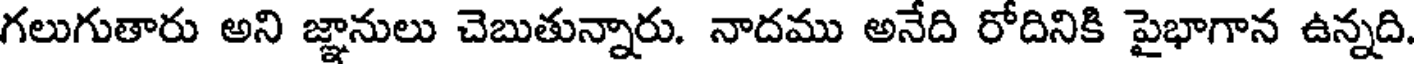
గలుగుతారు అని జ్ఞానులు చెబుతున్నారు. నాదము అనేది రోదినికి పైభాగాన ఉన్నది